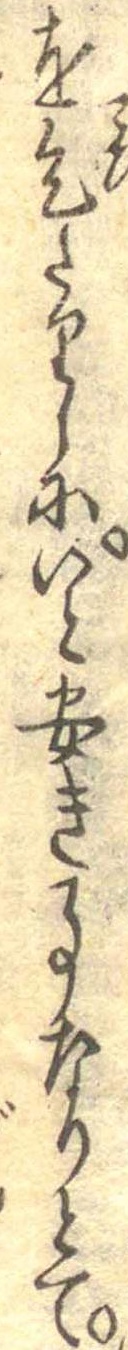
を乞たりしにいと安き事なりとて